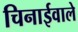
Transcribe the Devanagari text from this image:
चिनाईवाले